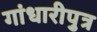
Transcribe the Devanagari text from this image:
गांधारीपुत्र